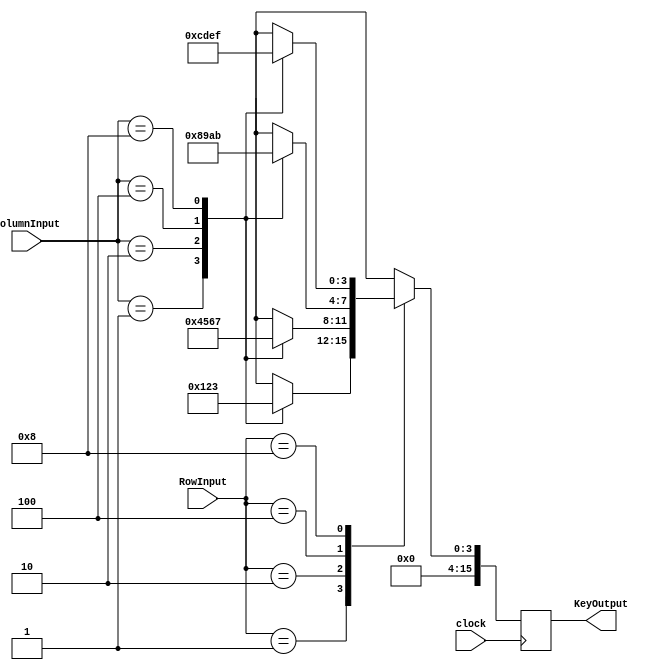
`timescale 1ns / 1ps
//////////////////////////////////////////////////////////////////////////////////
// Company: 
// Engineer: 
// 
// Design Name: 
// Module Name: KeypadModule
// Project Name: 
// Target Devices: 
// Tool Versions: 
// Description: 
// 
// Dependencies: 
// 
// Revision:
// Revision 0.01 - File Created
// Additional Comments:
// 
//////////////////////////////////////////////////////////////////////////////////


module KeypadModule(
    input [3:0] RowInput,
    input [3:0] ColumnInput,
    input clock,
    output reg [15:0] KeyOutput
    );
    
    always @(posedge clock)
    begin
        case (RowInput)
            4'b0001:
                begin
                    case (ColumnInput)
                        4'b0001:
                            begin
                                KeyOutput = 4'd0;
                            end
                        4'b0010:
                            begin
                                KeyOutput = 4'd1;
                            end
                        4'b0100:
                            begin
                                KeyOutput = 4'd2;
                            end
                        4'b1000:
                            begin
                                KeyOutput = 4'd3;
                            end
                        default:
                            begin
                                KeyOutput = 4'bXXXX;
                            end
                        endcase
                       
                end
            4'b0010:
                begin
                    case (ColumnInput)
                        4'b0001:
                            begin
                                KeyOutput = 4'd4;
                            end
                        4'b0010:
                            begin
                                KeyOutput = 4'd5;
                            end
                        4'b0100:
                            begin
                                KeyOutput = 4'd6;
                            end
                        4'b1000:
                            begin
                                KeyOutput = 4'd7;
                            end
                        default:
                            begin
                                KeyOutput = 4'bXXXX;
                            end
                        endcase
                end
            4'b0100:
                begin
                    case (ColumnInput)
                        4'b0001:
                            begin
                                KeyOutput = 4'd8;
                            end
                        4'b0010:
                            begin
                                KeyOutput = 4'd9;
                            end
                        4'b0100:
                            begin
                                KeyOutput = 4'd10;
                            end
                        4'b1000:
                            begin
                                KeyOutput = 4'd11;
                            end
                        default:
                            begin
                                KeyOutput = 4'bXXXX;
                            end
                        endcase
                end
            4'b1000:
                begin
                    case (ColumnInput)
                        4'b0001:
                            begin
                                KeyOutput = 4'd12;
                            end
                        4'b0010:
                            begin
                                KeyOutput = 4'd13;
                            end
                        4'b0100:
                            begin
                                KeyOutput = 4'd14;
                            end
                        4'b1000:
                            begin
                                KeyOutput = 4'd15;
                            end
                        default:
                            begin
                                KeyOutput = 4'bXXXX;
                            end
                        endcase
                end
            default:
                begin
                    KeyOutput = 4'bXXXX;
                end  
        endcase
        
    end
    
    
    
endmodule